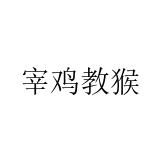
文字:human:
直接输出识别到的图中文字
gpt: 宰鸡教猴